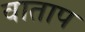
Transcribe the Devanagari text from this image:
वाताप